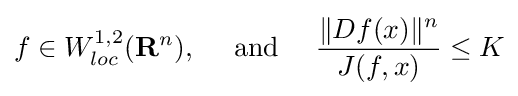
f\in W_{loc}^{1,2}(\mathbf {R} ^{n}),\quad {\text{ and }}\quad {\frac {\|Df(x)\|^{n}}{J(f,x)}}\leq K